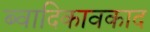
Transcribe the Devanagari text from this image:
ब्वादिकावकाद